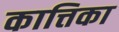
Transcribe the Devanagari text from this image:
कात्तिका